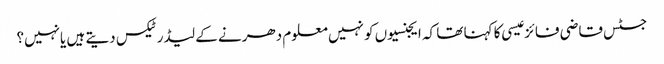
جسٹس قاضی فائز عیسی کا کہنا تھا کہ ایجنسیوں کو نہیں معلوم دھرنے کے لیڈرٹیکس دیتے ہیں یانہیں؟